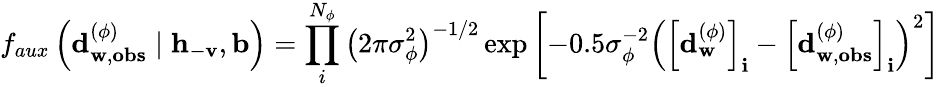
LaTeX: f_{aux}\left(\mathbf{d}_{\mathbf{w},\mathbf{obs}}^{(\phi)}\mid\mathbf{h}_{-\mathbf{v}},\mathbf{b}\right)=\prod_{i}^{N_{\phi}}{\left(2\pi\sigma_{\phi}^{2}\right)^{-1/2}\exp{\left[-0.5\sigma_{\phi}^{-2}\left(\left[\mathbf{d}_{\mathbf{w}}^{(\phi)}\right]_{\mathbf{i}}-\left[\mathbf{d}_{\mathbf{w},\mathbf{obs}}^{(\phi)}\right]_{\mathbf{i}}\right)^{2}\right]}}